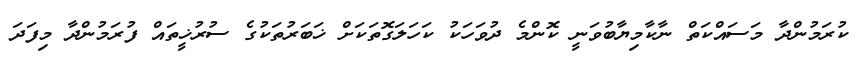
ކުރަމުންދާ މަސައްކަތް ނާކާމިޔާބުވަނީ ކޮންމެ ދުވަހަކު ކަހަލަގޮތަކަށް ޚަބަރުތަކުގެ ސުރުޚީތައް ފުރަމުންދާ މިފަދަ